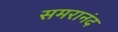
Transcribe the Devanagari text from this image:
समरानंद